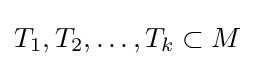
T_{1},T_{2},\ldots ,T_{k}\subset M